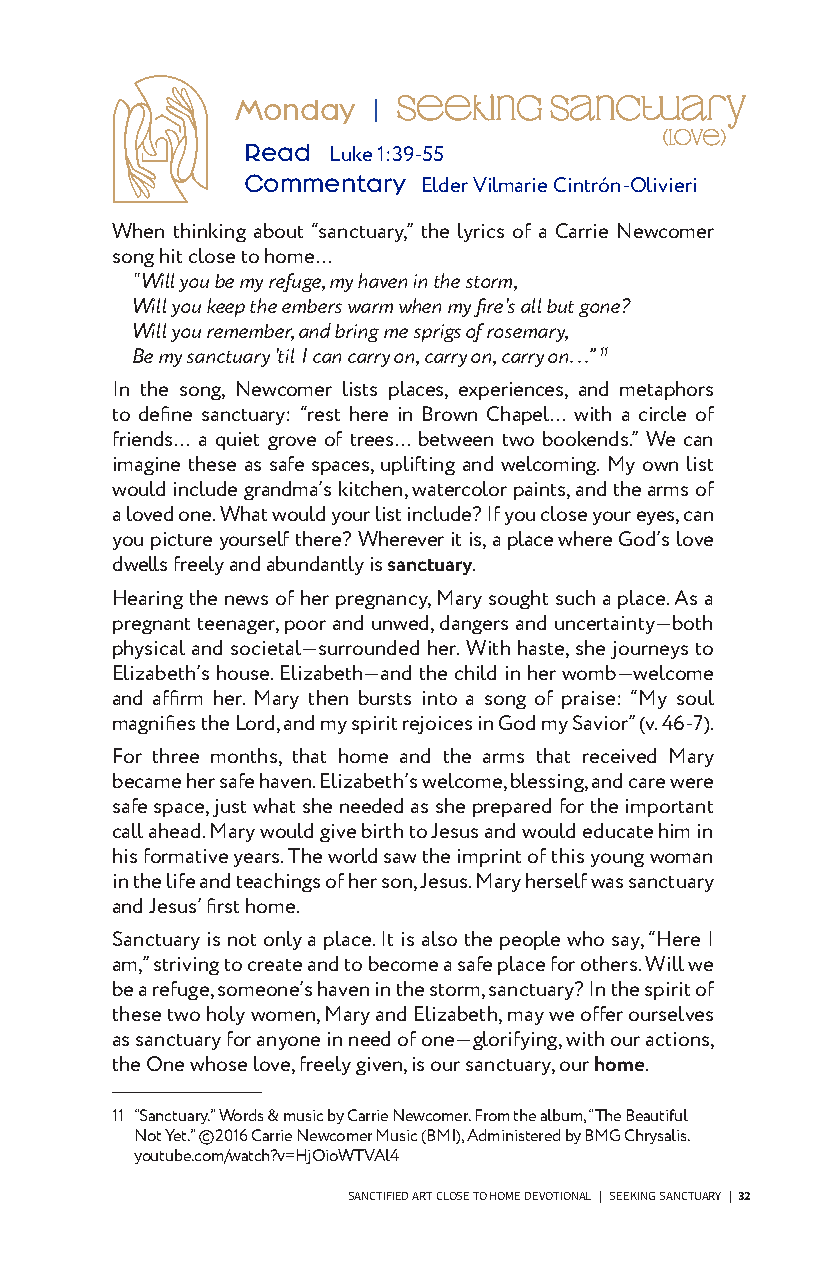
Monday   | SeekinG   Sanctuary
 (Love)
 Read Luke 1:39-55
 Commentary Elder Vilmarie Cintrón-Olivieri
 When thinking about “sanctuary,” the lyrics of a Carrie Newcomer
 song hit close to home…
 “Will you be my refuge, my haven in the storm,
 Will you keep the embers warm when my fire's all but gone?
 Will you remember, and bring me sprigs of rosemary,
 Be my sanctuary 'til I can carry on, carry on, carry on. . .” 11
 In the song, Newcomer lists places, experiences, and metaphors
 to define sanctuary: “rest here in Brown Chapel… with a circle of
 friends… a quiet grove of trees… between two bookends.” We can
 imagine these as safe spaces, uplifting and welcoming. My own list
 would include grandma’s kitchen, watercolor paints, and the arms of
 a loved one. What would your list include? If you close your eyes, can
 you picture yourself there? Wherever it is, a place where God’s love
 dwells freely and abundantly is sanctuary.
 Hearing the news of her pregnancy, Mary sought such a place. As a
 pregnant teenager, poor and unwed, dangers and uncertainty—both
 physical and societal—surrounded her. With haste, she journeys to
 Elizabeth’s house. Elizabeth—and the child in her womb—welcome
 and affirm her. Mary then bursts into a song of praise: “My soul
 magnifies the Lord, and my spirit rejoices in God my Savior” (v. 46-7).
 For three months, that home and the arms that received Mary
 became her safe haven. Elizabeth’s welcome, blessing, and care were
 safe space, just what she needed as she prepared for the important
 call ahead. Mary would give birth to Jesus and would educate him in
 his formative years. The world saw the imprint of this young woman
 in the life and teachings of her son, Jesus. Mary herself was sanctuary
 and Jesus’ first home.
 Sanctuary is not only a place. It is also the people who say, “Here I
 am,” striving to create and to become a safe place for others. Will we
 be a refuge, someone’s haven in the storm, sanctuary? In the spirit of
 these two holy women, Mary and Elizabeth, may we offer ourselves
 as sanctuary for anyone in need of one—glorifying, with our actions,
 the One whose love, freely given, is our sanctuary, our home.
 11 “Sanctuary.” Words & music by Carrie Newcomer. From the album, “The Beautiful
 A Closer Walk | T. Denise Anderson
 Not Yet.” ©2016 Carrie Newcomer Music (BMI), Administered by BMG Chrysalis.
 youtube.com/watch?v=HjOioWTVAl4
 23 | SANCTIFIED ART CLOSE TO HOME DEVOTIONAL | A HOME FOR ALL            SANCTIFIED ART CLOSE TO HOME DEVOTIONAL | SEEKING SANCTUARY | 32